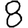
Digit: 8